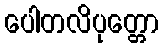
ပေါတလိပုတ္တော